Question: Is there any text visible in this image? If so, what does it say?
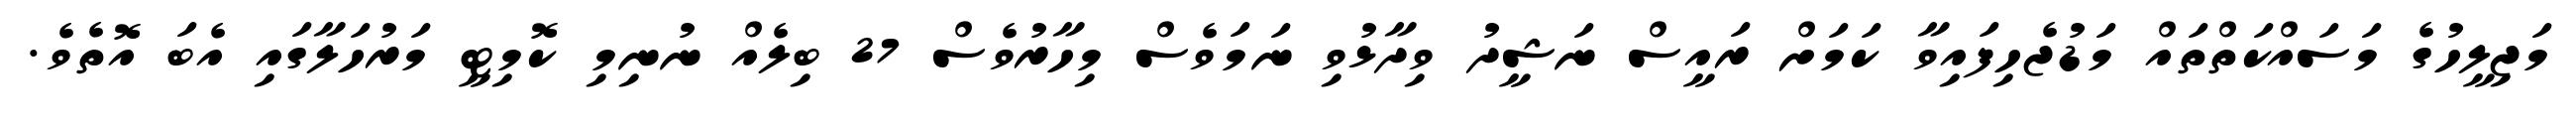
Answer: މަޖިލީހުގެ މަސައްކަތްތައް މަޑުޖެހިފައިވާ ކަމަށް ރައީސް ނަޝީދު ވިދާޅުވި ނަމަވެސް މިހާރުވެސް 27 ބިލެއް ނުނިމި ކޮމިޓީ މަރުހަލާގައި އެބަ އޮތެވެ.